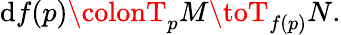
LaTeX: \mathrm{d}f(p)\colonT_{p}M\toT_{f(p)}N.